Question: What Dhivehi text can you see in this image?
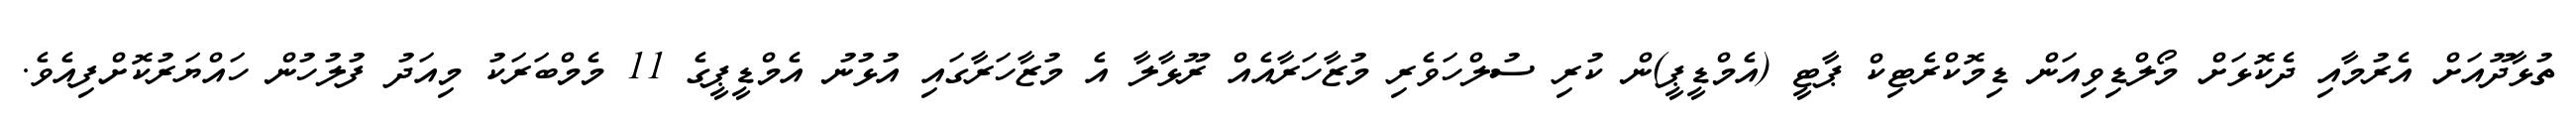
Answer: ތުޅާދޫއަށް އެރުމާއި ދެކޮޅަށް މޯލްޑިވިއަން ޑިމޮކްރެޓިކް ޕާޓީ (އެމްޑީޕީ)ން ކުރި ސުލްހަވެރި މުޒާހަރާއެއް ރޫޅާލާ އެ މުޒާހަރާގައި އުޅުނު އެމްޑީޕީގެ 11 މެމްބަރަކު މިއަދު ފުލުހުން ހައްޔަރުކޮށްފިއެވެ.